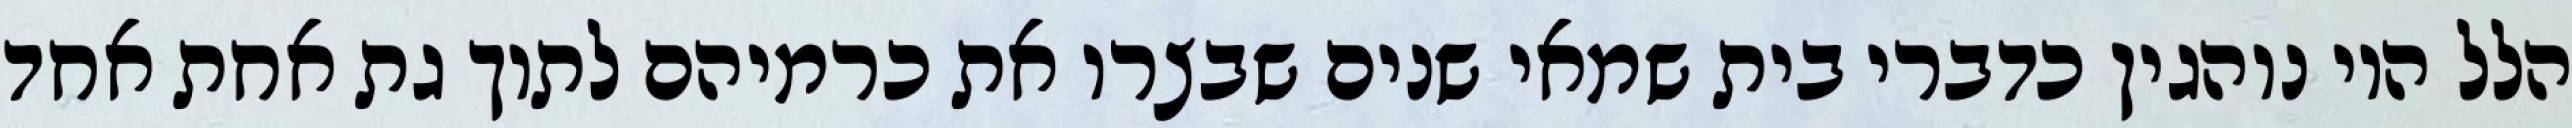
הלל היו נוהגין כדברי בית שמאי שנים שבצרו את כרמיהם לתוך גת אחת אחד